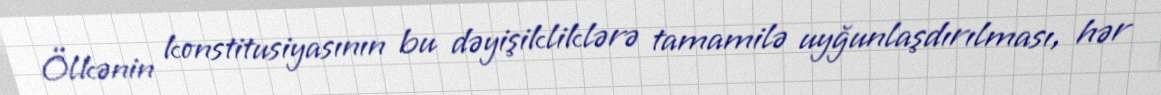
Ölkənin konstitusiyasının bu dəyişikliklərə tamamilə uyğunlaşdırılması, hər